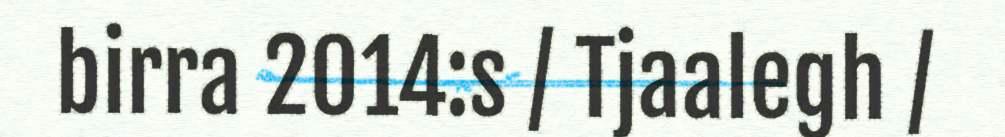
birra 2014:s / Tjaalegh /